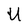
Character: U